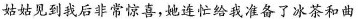
姑姑到我后非常惊喜，她连忙给我准备了冰茶和曲